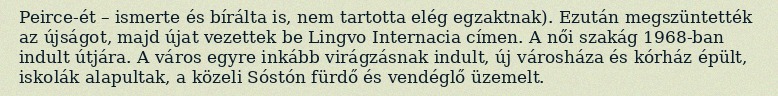
Peirce-ét – ismerte és bírálta is, nem tartotta elég egzaktnak). Ezután megszüntették az újságot, majd újat vezettek be Lingvo Internacia címen. A női szakág 1968-ban indult útjára. A város egyre inkább virágzásnak indult, új városháza és kórház épült, iskolák alapultak, a közeli Sóstón fürdő és vendéglő üzemelt.